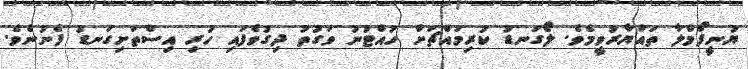
ޔުނީފޯމްލާ ތައްޔާރުވީމެވެ. ލޯގަނޑު ކުރިމައްޗަށް ހުއްޓުނު ވަގުތު ދިގުވެފަައި ހުރި އިސްތަށިގަނޑު ފެނުނެވެ.